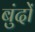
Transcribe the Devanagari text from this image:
बुंदों